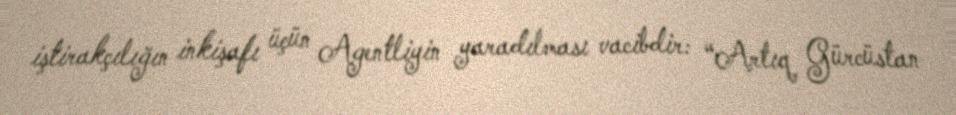
iştirakçılığın inkişafı üçün Agentliyin yaradılması vacibdir: “Artıq Gürcüstan